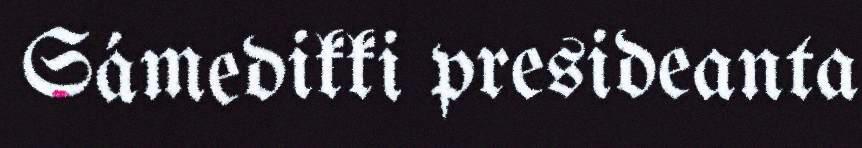
Sámedikki presideanta